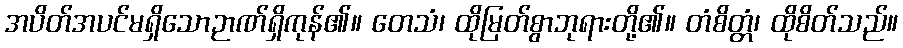
အပိတ်အပင်မရှိသောဉာဏ်ရှိကုန်၏။ တေသံ၊ ထိုမြတ်စွာဘုရားတို့၏။ တံစိတ္တံ၊ ထိုစိတ်သည်။